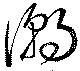
潮